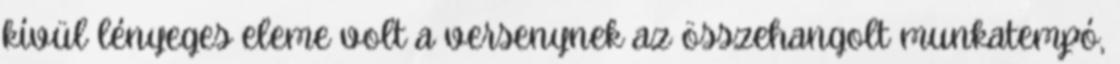
kívül lényeges eleme volt a versenynek az összehangolt munkatempó,